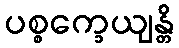
ပစ္စက္ခေယျန္တိ